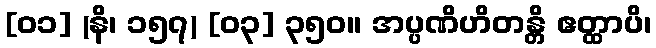
[၀၁] (နိ၊ ၁၅၇) [၀၃] ၃၅၀။ အပ္ပဏိဟိတန္တိ ဧတ္ထာပိ၊